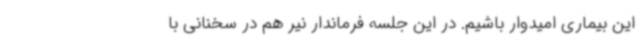
این بیماری امیدوار باشیم. در این جلسه فرماندار نیر هم در سخنانی با